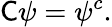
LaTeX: {\mathsf{C}}\psi=\psi^{c}.